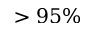
> 9 5 \%